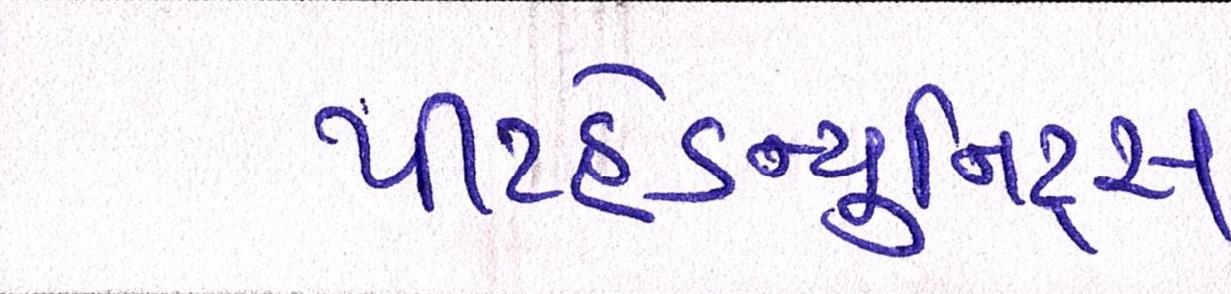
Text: પીટહેડ-યુનિટ્સ